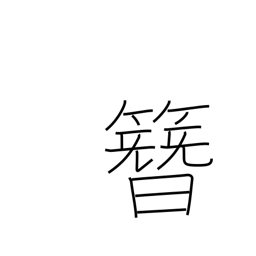
Meaning: ornamental hairpin